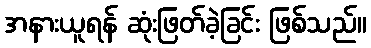
အနားယူရန် ဆုံးဖြတ်ခဲ့ခြင်း ဖြစ်သည်။